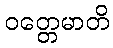
ဝတ္တေမာတိ